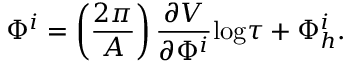
\Phi ^ { i } = \left( \frac { 2 \pi } { A } \right) \frac { \partial V } { \partial \Phi ^ { i } } \mathrm { l o g } \tau + \Phi _ { h } ^ { i } .